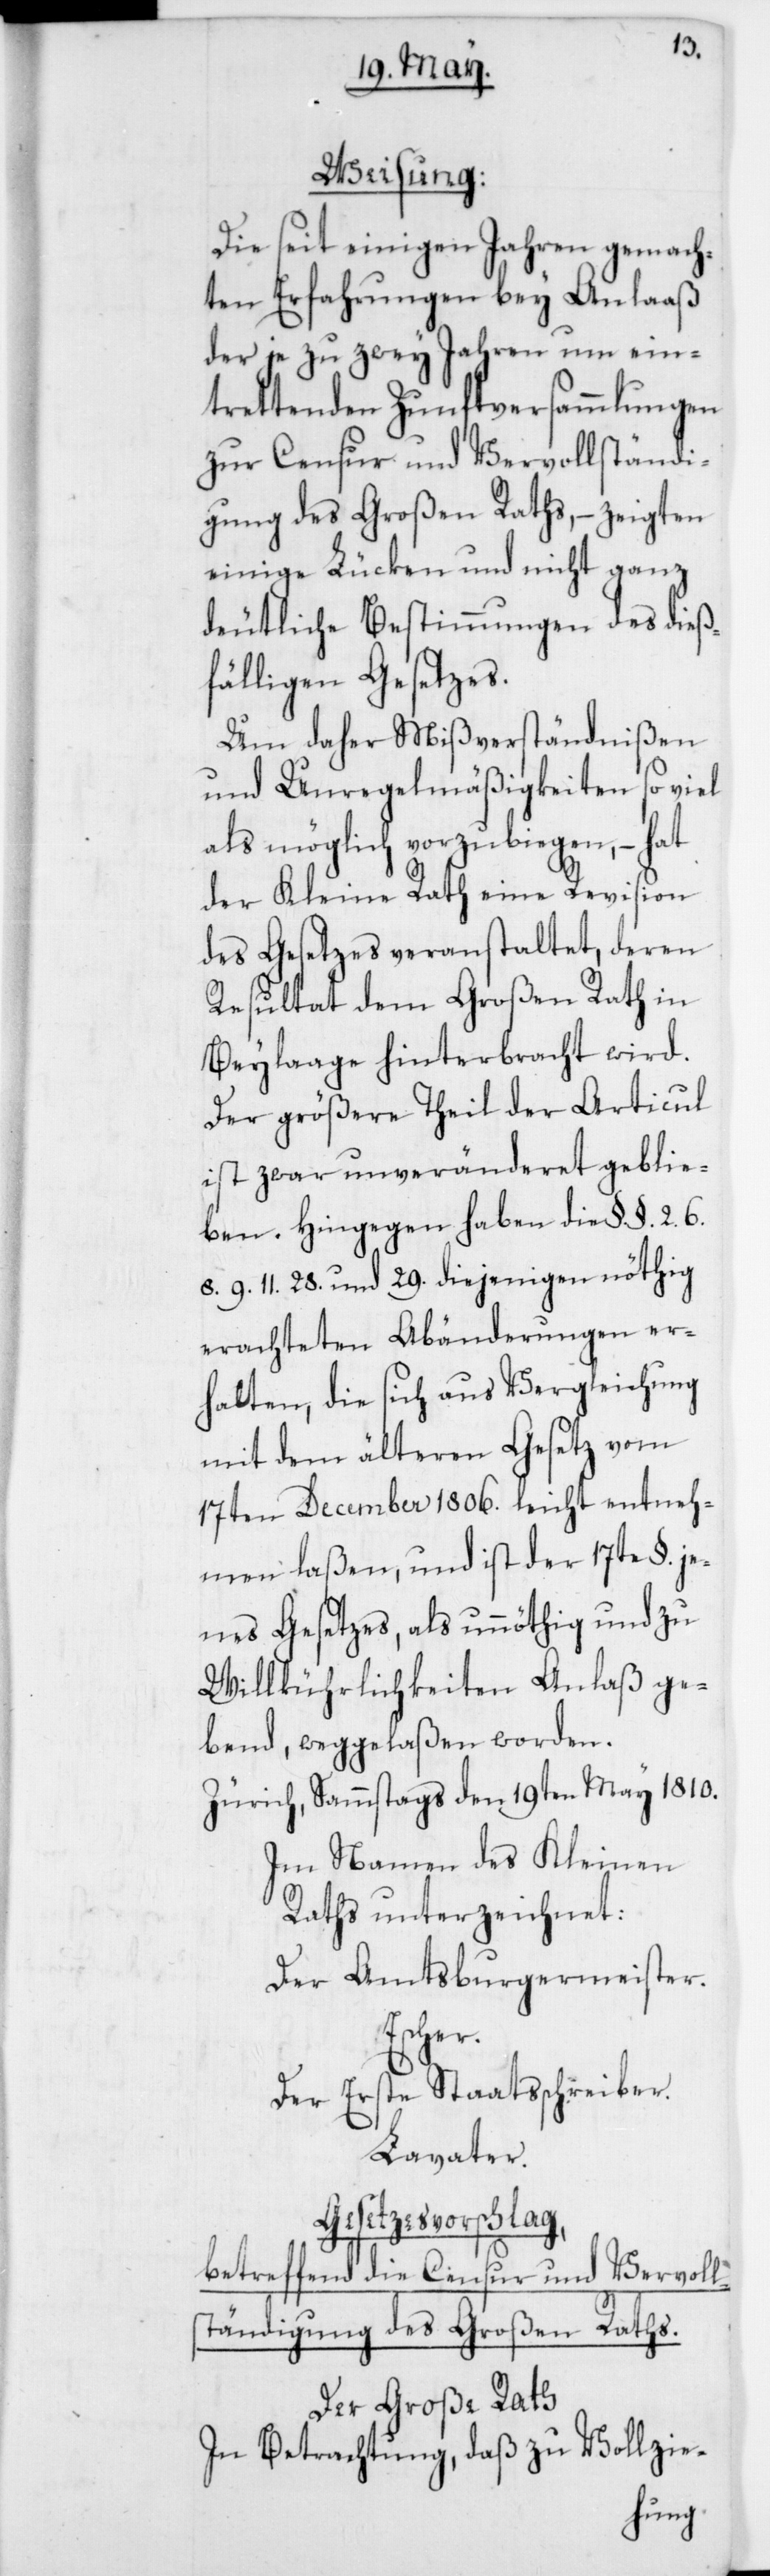
Weisung.
Die seit einigen Jahren gemach¬
ten Erfahrungen bey Anlaß
der je zu zwey Jahren um ein¬
trettenden Zunftversammlungen
zur Censur und Vervollständi¬
gung des Großen Raths, – zeigten
einige Lücken und nicht ganz
deutliche Bestimmungen des dieß¬
fälligen Gesetzes.
Um daher Mißverständnißen
und Unregelmäßigkeiten so viel
als möglich vorzubiegen, – hat
der Kleine Rath eine Revision
des Gesetzes veranstaltet, deren
Resultat dem Großen Rath in
Beylaage hinterbracht wird.
Der größere Theil der Articul
ist zwar unveränderet geblie¬
ben. Hingegen haben die §. §. 2, 6,
8, 9, 11, 28 und 29 diejenigen nöthig
erachteten Abänderungen er¬
halten, die sich aus Vergleichung
mit dem älteren Gesetz vom
17ten December 1806. leicht entneh¬
men laßen, und ist der 17te §. je¬
nes Gesetzes, als unnöthig und zu
Willkührlichkeiten Anlaß ge¬
bend, weggelaßen worden.
Zürich, Sammstags den 19ten May 1810.
Im Namen des Kleinen
Raths unterzeichnet:
Der Amtsburgermeister.
Escher.
Der Erste Staatsschreiber.
Lavater.
Gesetzesvorschlag,
betreffend die Censur und
Vervoll¬
Raths.
ständigung des Großen
Der Große Rath,
in Betrachtung, daß zu Vollzie-